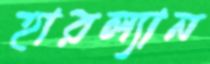
হারল্যান